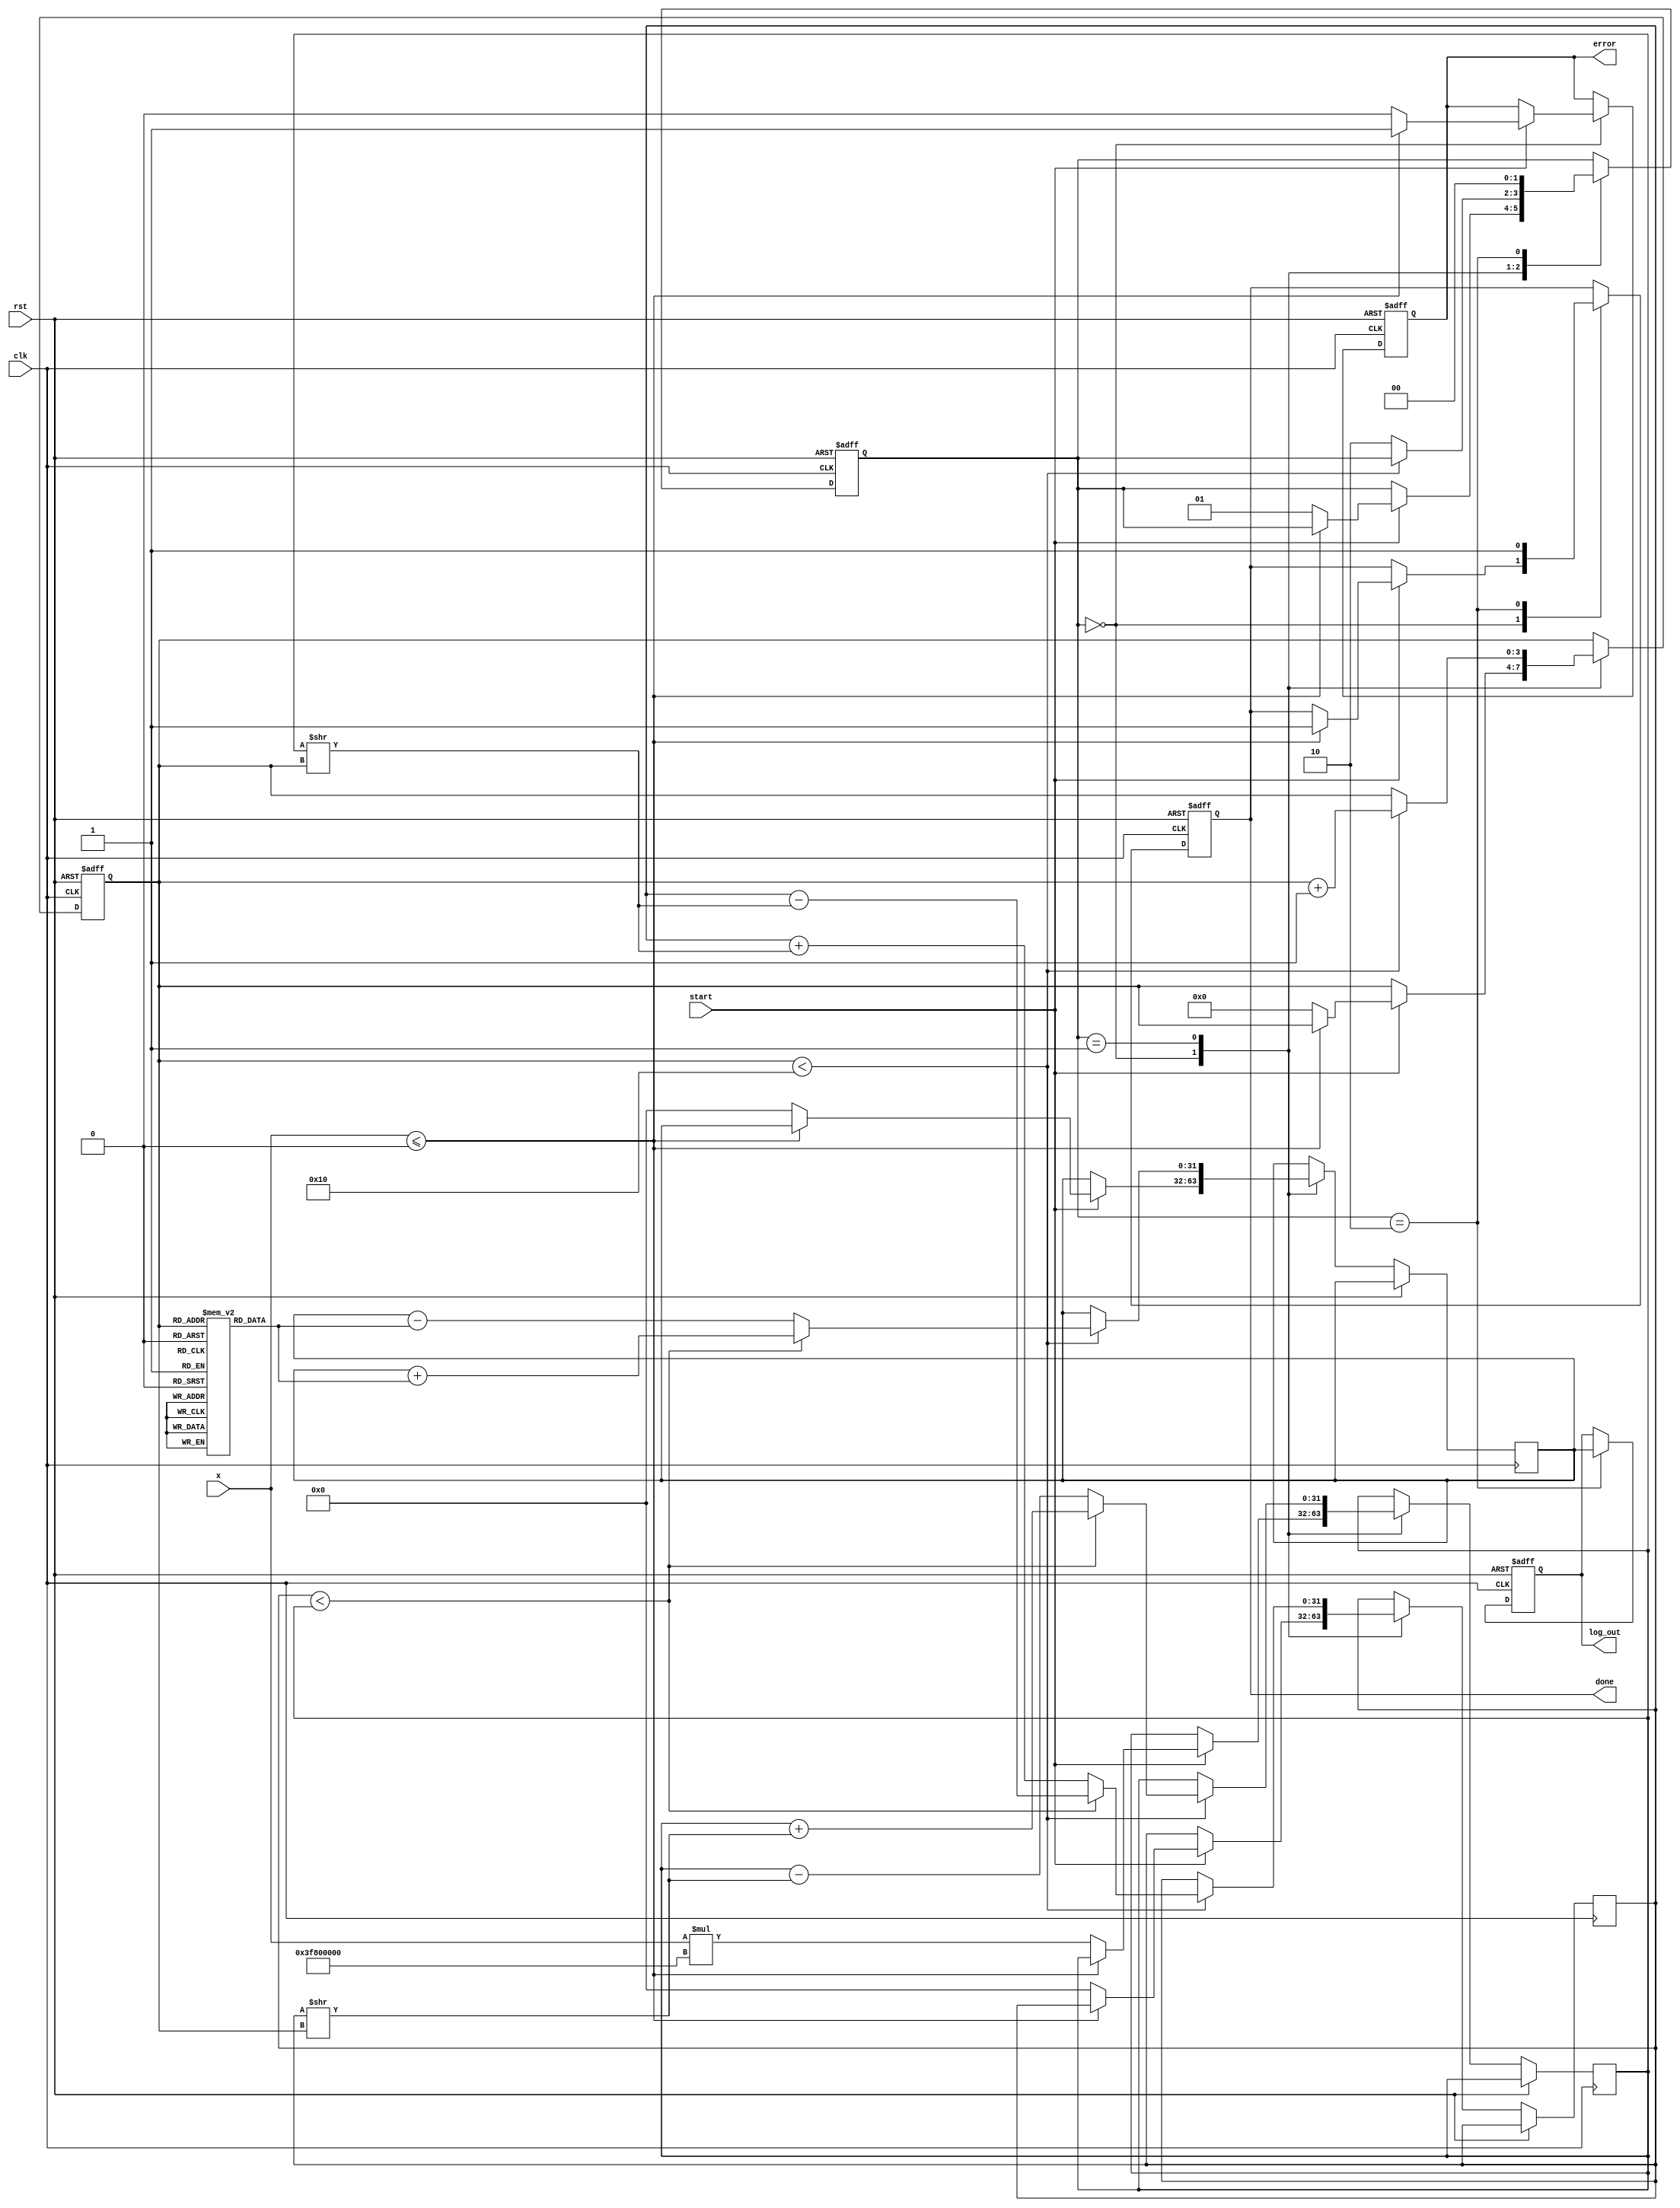
module cordic_logarithm (
    input wire clk,
    input wire rst,
    input wire start,
    input wire [31:0] x, // Input: normalized floating-point number
    output reg [31:0] log_out, // Output: logarithm result
    output reg done, // Output: done signal
    output reg error // Output: error signal for invalid input
);

    // Parameters
    parameter N = 16; // Number of iterations
    parameter SCALE_FACTOR = 32'h3F800000; // Scaling factor (2^1)
    
    // Internal signals
    reg [31:0] x_reg, y_reg; // CORDIC coordinates
    reg [31:0] angle; // Current angle
    reg [31:0] atan_table [0:N-1]; // Arctangent lookup table
    reg [3:0] iteration; // Iteration counter
    reg [1:0] state; // FSM state

    // FSM states
    localparam IDLE = 2'b00;
    localparam PROCESS = 2'b01;
    localparam OUTPUT = 2'b10;

    // Initialize arctangent values (in fixed-point representation)
    initial begin
        atan_table[0] = 32'h3F19999A; // atan(1/2^0)
        atan_table[1] = 32'h3EFA5555; // atan(1/2^1)
        atan_table[2] = 32'h3E7A3D70; // atan(1/2^2)
        // ... Fill in the rest of the atan_table values
        atan_table[N-1] = 32'h3D8D4D4D; // atan(1/2^(N-1))
    end

    // Input validation and state machine
    always @(posedge clk or posedge rst) begin
        if (rst) begin
            state <= IDLE;
            done <= 0;
            error <= 0;
            iteration <= 0;
            log_out <= 0;
        end else begin
            case (state)
                IDLE: begin
                    if (start) begin
                        if (x <= 0) begin
                            error <= 1; // Invalid input
                            done <= 1;
                        end else begin
                            error <= 0;
                            x_reg <= x * SCALE_FACTOR; // Scale input
                            y_reg <= 32'h00000000; // Initialize y
                            angle <= 32'h00000000; // Initialize angle
                            iteration <= 0;
                            state <= PROCESS;
                        end
                    end
                end

                PROCESS: begin
                    if (iteration < N) begin
                        // CORDIC rotation logic
                        if (y_reg < x_reg) begin
                            // Rotate positively
                            x_reg <= x_reg + (y_reg >> iteration);
                            y_reg <= y_reg - (x_reg >> iteration);
                            angle <= angle + atan_table[iteration];
                        end else begin
                            // Rotate negatively
                            x_reg <= x_reg - (y_reg >> iteration);
                            y_reg <= y_reg + (x_reg >> iteration);
                            angle <= angle - atan_table[iteration];
                        end
                        iteration <= iteration + 1;
                    end else begin
                        state <= OUTPUT;
                    end
                end

                OUTPUT: begin
                    log_out <= angle; // Output the logarithm value
                    done <= 1; // Indicate completion
                    state <= IDLE; // Go back to IDLE state
                end
            endcase
        end
    end

endmodule